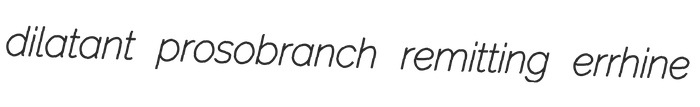
dilatant prosobranch remitting errhine